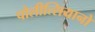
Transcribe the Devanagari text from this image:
पोलीत्सियानो